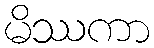
မိဿကာ